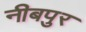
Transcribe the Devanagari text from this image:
नीबपुर